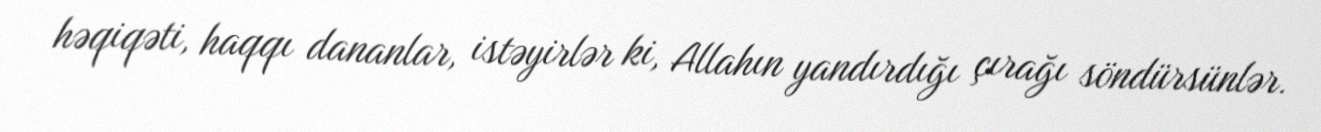
həqiqəti, haqqı dananlar, istəyirlər ki, Allahın yandırdığı çırağı söndürsünlər.